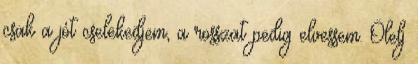
csak a jót cselekedjem, a rosszat pedig elvessem. Ölelj